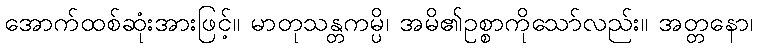
အောက်ထစ်ဆုံးအားဖြင့်။ မာတုသန္တကမ္ပိ၊ အမိ၏ဥစ္စာကိုသော်လည်း။ အတ္တနော၊